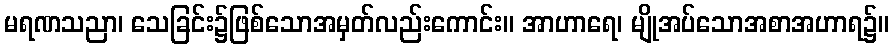
မရဏသညာ၊ သေခြင်း၌ဖြစ်သောအမှတ်လည်းကောင်း။ အာဟာရေ၊ မျိုအပ်သောအစာအဟာရ၌။